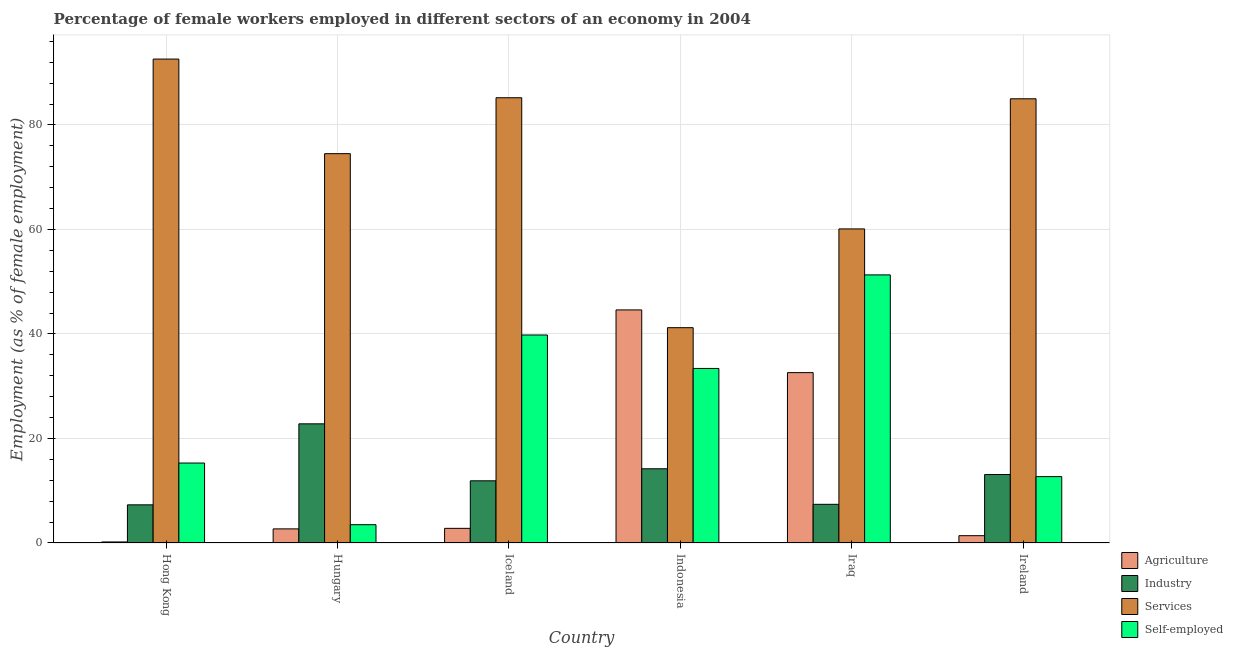
| Country | Agriculture | Industry | Services | Self-employed |
 | --- | --- | --- | --- | --- |
 | Hong Kong | 0.2 | 7.3 | 92.6 | 15.3 |
 | Hungary | 2.7 | 22.8 | 74.5 | 3.5 |
 | Iceland | 2.8 | 11.9 | 85.2 | 39.8 |
 | Indonesia | 44.6 | 14.2 | 41.2 | 33.4 |
 | Iraq | 32.6 | 7.4 | 60.1 | 51.3 |
 | Ireland | 1.4 | 13.1 | 85 | 12.7 |